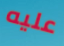
عليه